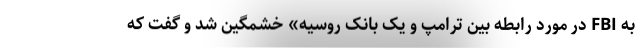
به FBI در مورد رابطه بین ترامپ و یک بانک روسیه» خشمگین شد و گفت که